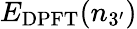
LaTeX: E_{\mathrm{DPFT}}(n_{3^{\prime}})